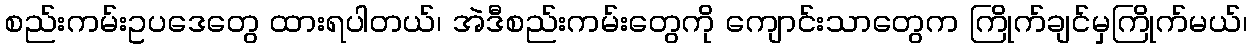
စည်းကမ်းဥပဒေတွေ ထားရပါတယ်၊ အဲဒီစည်းကမ်းတွေကို ကျောင်းသာတွေက ကြိုက်ချင်မှကြိုက်မယ်၊